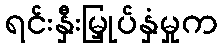
ရင်းနှီးမြှုပ်နှံမှုက